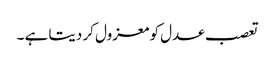
تعصب عدل کو معزول کر دیتا ہے ۔